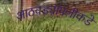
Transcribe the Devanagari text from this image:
आठवड्यांपलीकडे